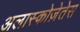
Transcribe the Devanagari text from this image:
अलास्कोज़ेतेस